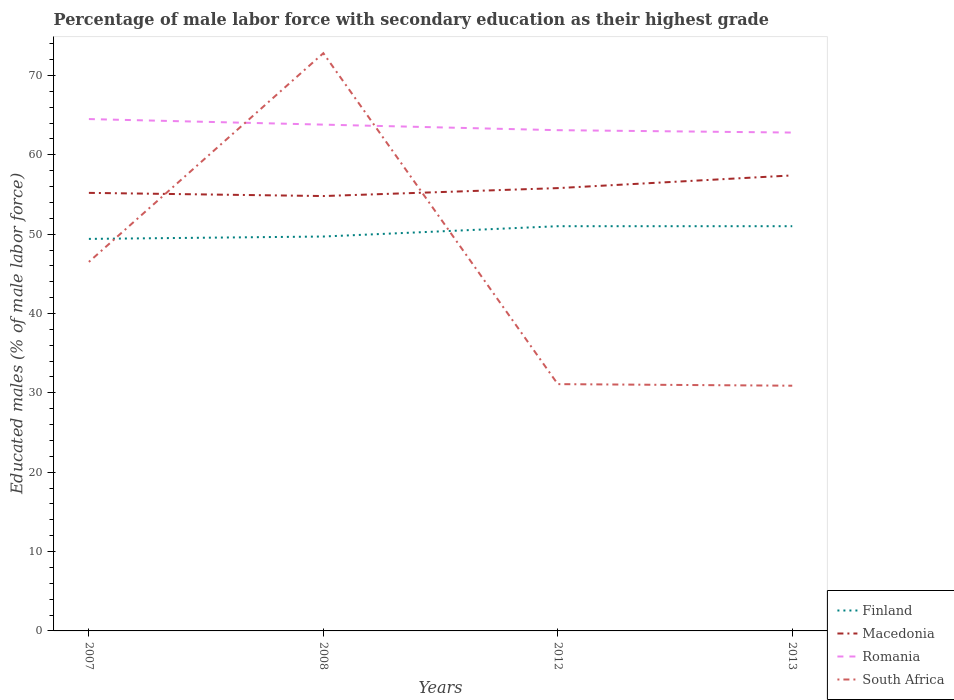
| Years | Finland | Macedonia | Romania | South Africa |
 | --- | --- | --- | --- | --- |
 | 2007 | 49.4 | 55.2 | 64.5 | 46.5 |
 | 2008 | 49.7 | 54.8 | 63.8 | 72.8 |
 | 2012 | 51 | 55.8 | 63.1 | 31.1 |
 | 2013 | 51 | 57.4 | 62.8 | 30.9 |